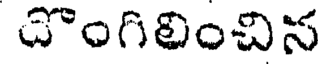
దొంగిలించిన